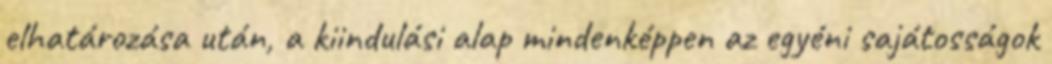
elhatározása után, a kiindulási alap mindenképpen az egyéni sajátosságok